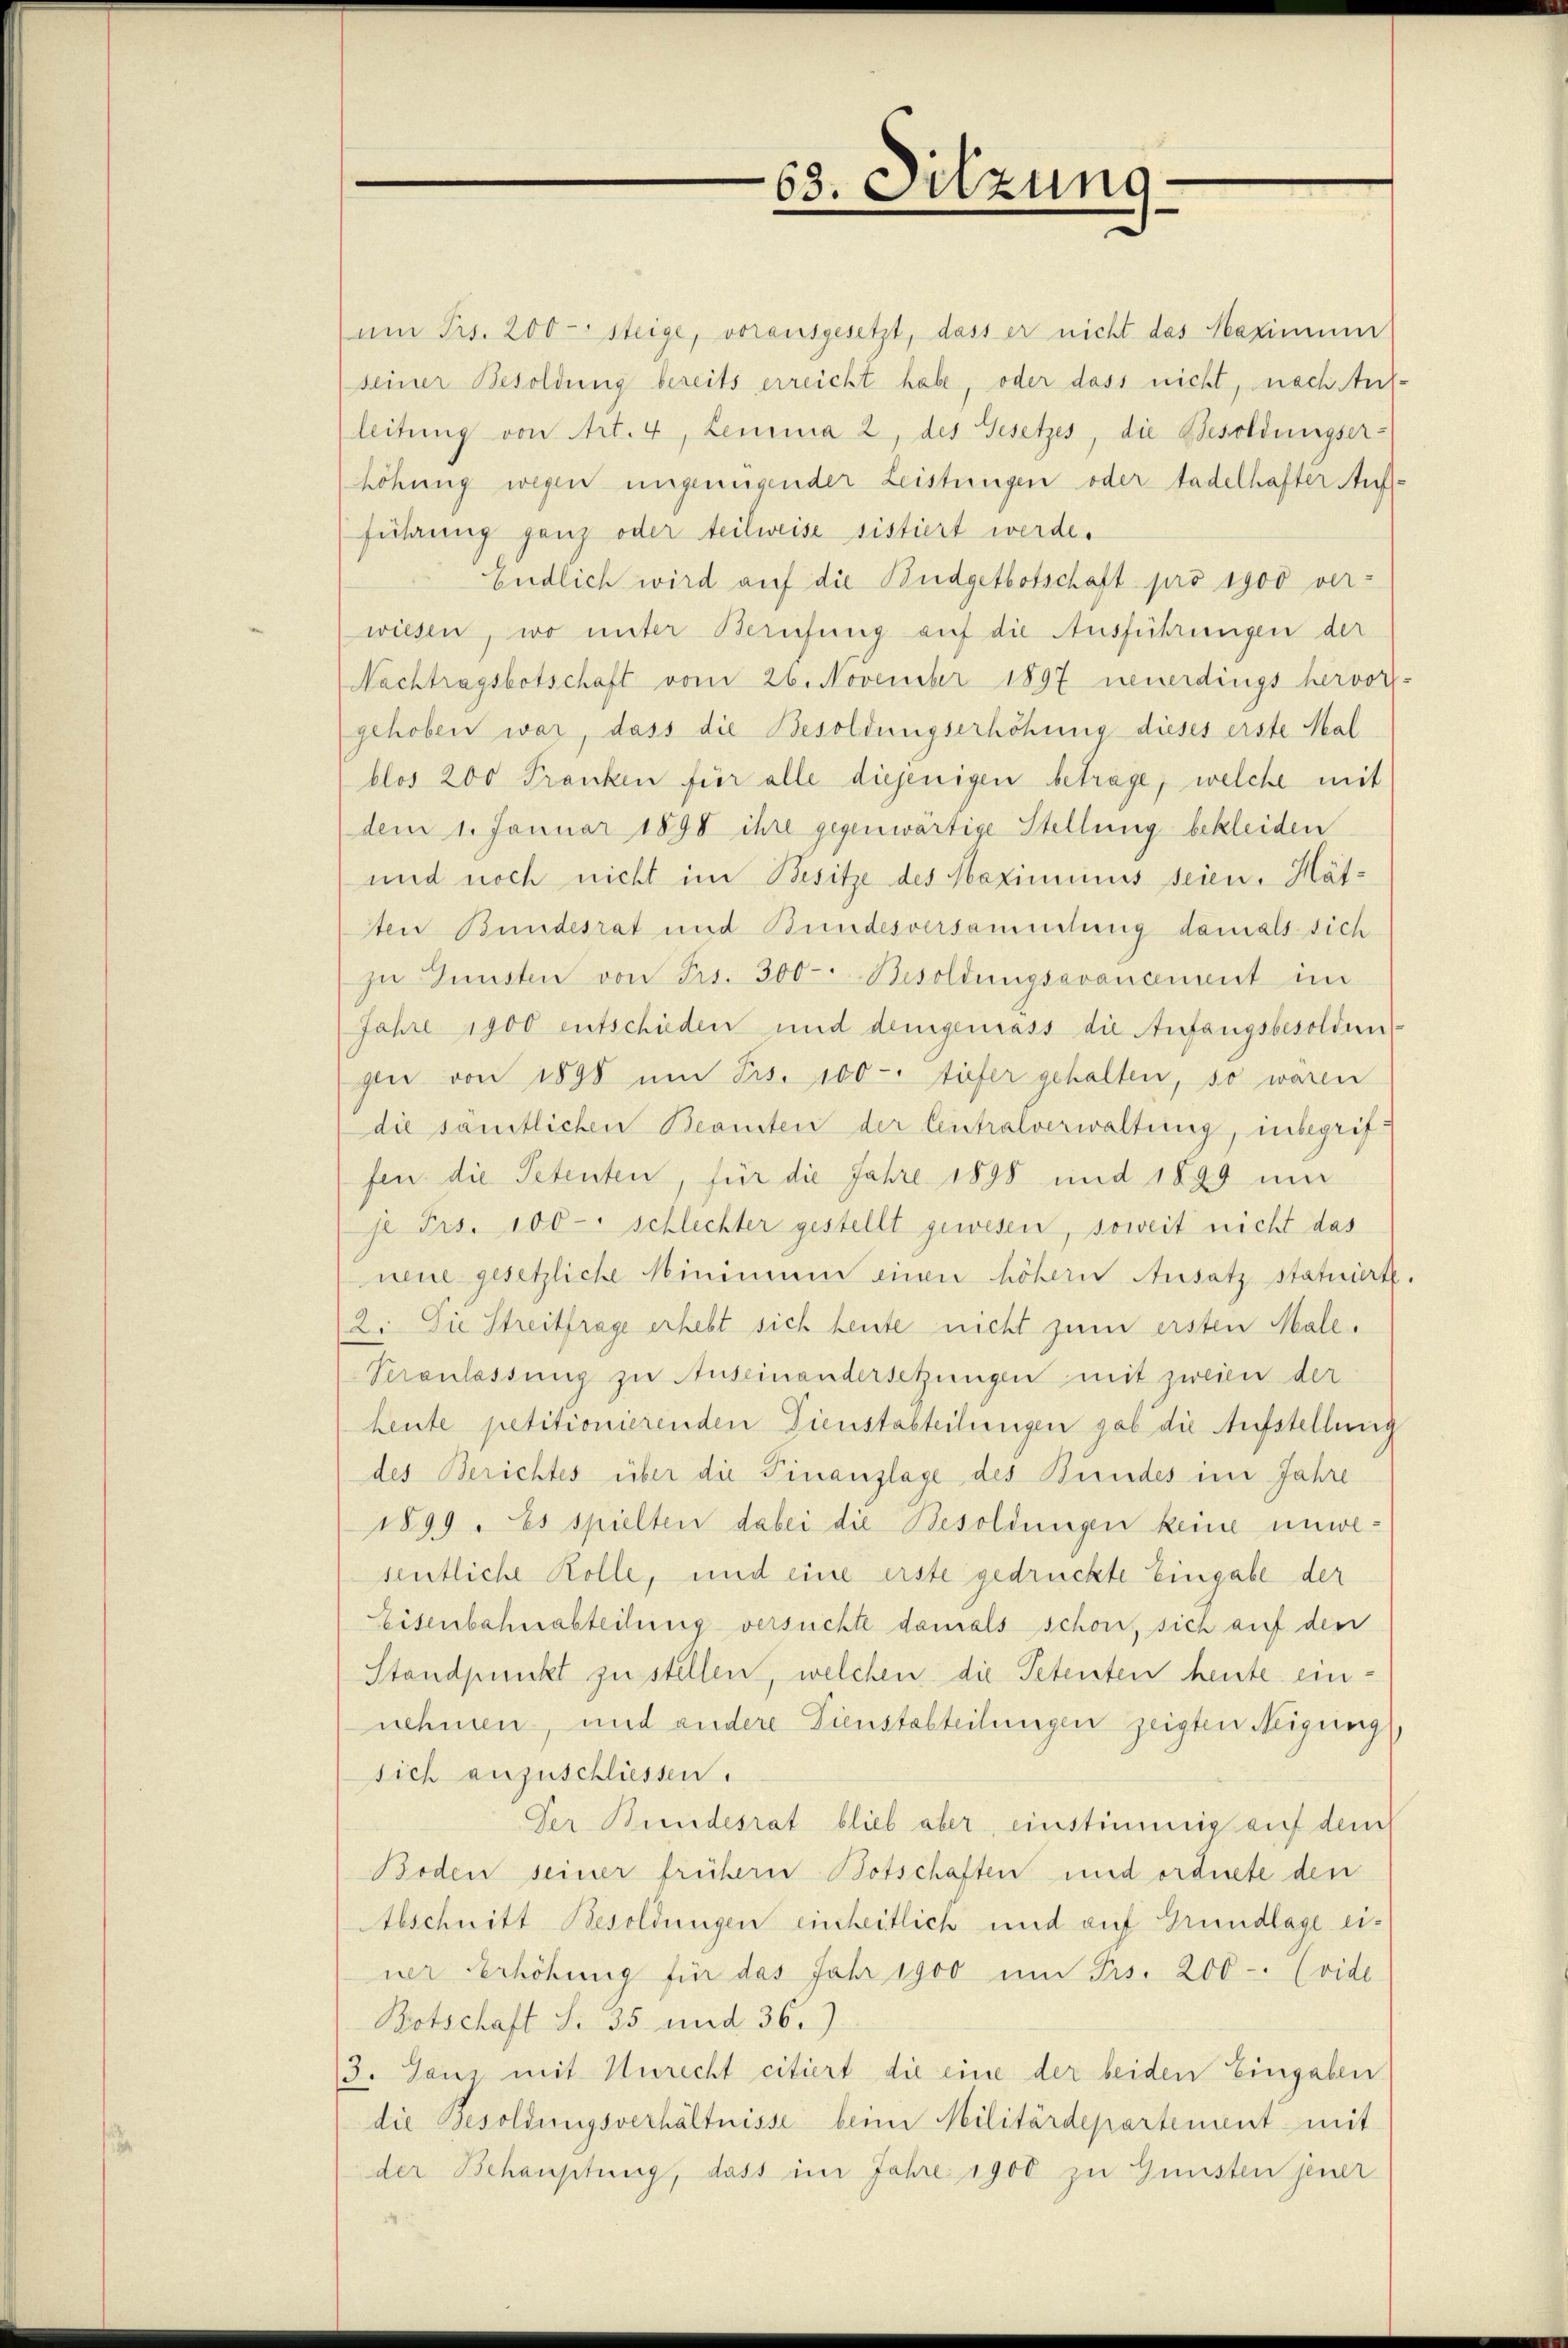
63. Sitzung

am Fr. 200 - steige, vorausgesetzt, dass er nicht das Maximum
seiner Besoldung bereits erreicht habe, oder dass nicht, nach Auf-
leitung von Art. 4, Lemma 2 des Gesetzes, die Besoldungser-
höhung wegen ungenügender Leistungen oder tadelhafter Auf-
führung ganz oder teilweise sistiert werde.
Endlich wird auf die Budgetbotschaft pro 1900 ver-
wiesen, wo unter Berufung auf die Ausführungen der
Nachtragsbotschaft vom 26. November 1897 neuerdings hervor-
gehoben war, dass die Besoldungserhöhung dieses erste Mal
blos 200 Franken für alle diejenigen betrage, welche mit
dem 1. Januar 1890 ihre gegenwärtige Stellung bekleiden
und noch nicht im Besitze des Maximinus seien. Hätten Bundesrat und Bundesversammlung damals sich
zŭ Gŭnsten von Frs. 300 Besoldungsavancement im
Jahre 1900 entschieden und demgenrass die Anfangsbesolden
gler von 1898 um Frs. 100 Stiefer gehalten, so waren
die sämtlichen Beamten der leistralverwaltung, inbegrif
fen. die Petenten, für die Jahre 1898 und 1899 um
je Frs. 100 - schlechter gestellt gewesen, soweit nicht das
neue gesetzliche Minimum einen höhern Ansatz, statuiert
12. Die Streitfrage erhebt sich heute nicht zum ersten Male.
Veranlassung zu Auseinandersetzungen mit zweien der
heute petitionierenden Dienstabteilungen gab die Aufstellung
des Berichtes über die Finanzlage des Bundes im Jahre
1899. Es spielten dabei die Besoldungen keine unwesentliche Kolle, und eine erste gedrückte Eingabe der
Eisenbahnabteilung versuchte damals schon, sich auf den
Standpunkt zu stellen, welchen die Petenten heute einnehmen, und andere Dienstabteilungen zeigten Neigung,
sich anzuschliessen.
Der Bundesrat blieb aber, einstimmig auf dem
Boden seiner frühern Botschaften und ordnete den
Abschnitt Besoldungen einheitlich und auf Grundlage einer Erhöhung für das Jahr 1900 um Frs. 200 - (vide
Botschaft S. 35 und 36.)
3. Tanz mit Unrecht citiert die eine der beiden Eingaben
die Besoldungsverhältnisse beim Militärdepartement mit
der Behauptung, dass im Jahre 1900 zu Gunsten jener